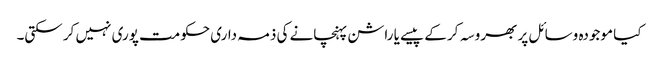
کیا موجودہ وسائل پر بھروسہ کر کے پیسے یا راشن پہنچانے کی ذمہ داری حکومت پوری نہیں کر سکتی۔